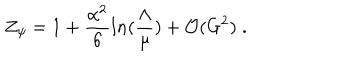
Z _ { \psi } = 1 + \frac { \alpha ^ { 2 } } { 6 } l n ( \frac { \Lambda } { \mu } ) + { \cal O } ( G ^ { 2 } ) \; .